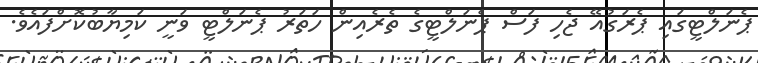
ޕެނަލްޓީގައި ޕެރަގުއޭ ޖެހި ފަސް ޕެނަލްޓީގެ ތެރެއިން ހަތަރު ޕެނަލްޓީ ވަނީ ކަމިޔާބުކޮށްފައެވެ.